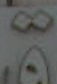
89